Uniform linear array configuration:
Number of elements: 64
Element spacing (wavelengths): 0.25
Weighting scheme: kaiser
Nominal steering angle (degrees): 15
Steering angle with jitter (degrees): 15.637
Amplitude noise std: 0.05
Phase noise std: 0.05

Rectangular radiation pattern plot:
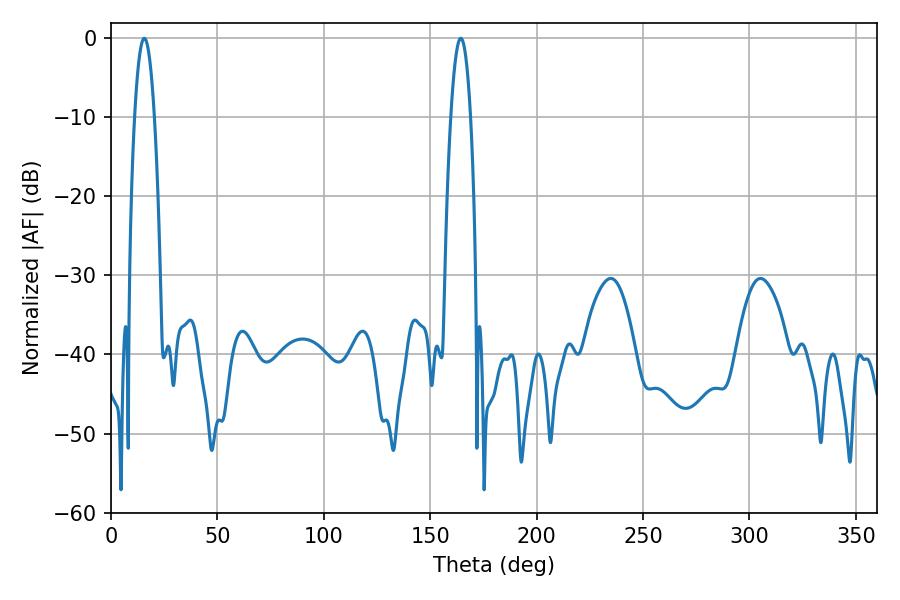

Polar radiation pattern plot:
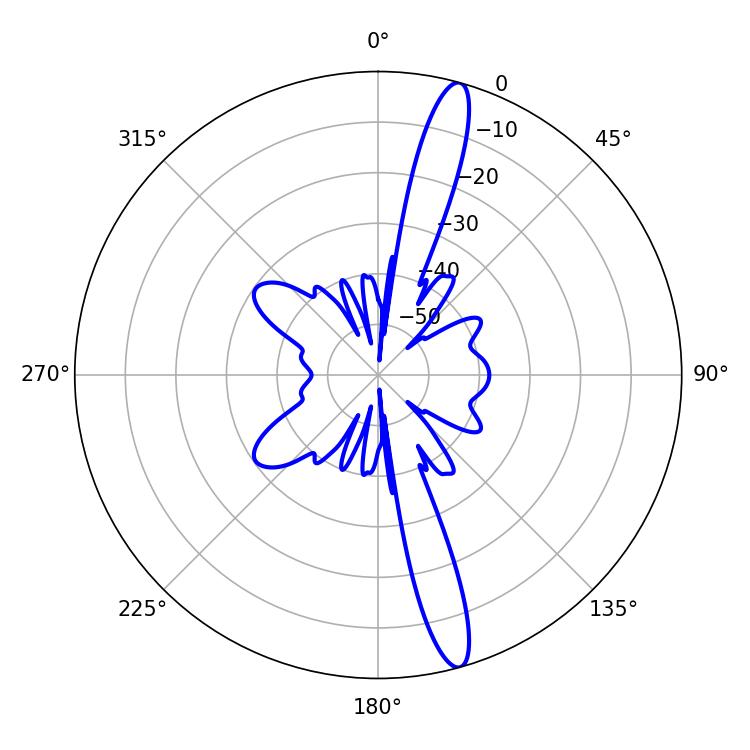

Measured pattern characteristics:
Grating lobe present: FALSE
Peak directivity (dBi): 15.853
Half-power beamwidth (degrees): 5.04
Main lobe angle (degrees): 15.66